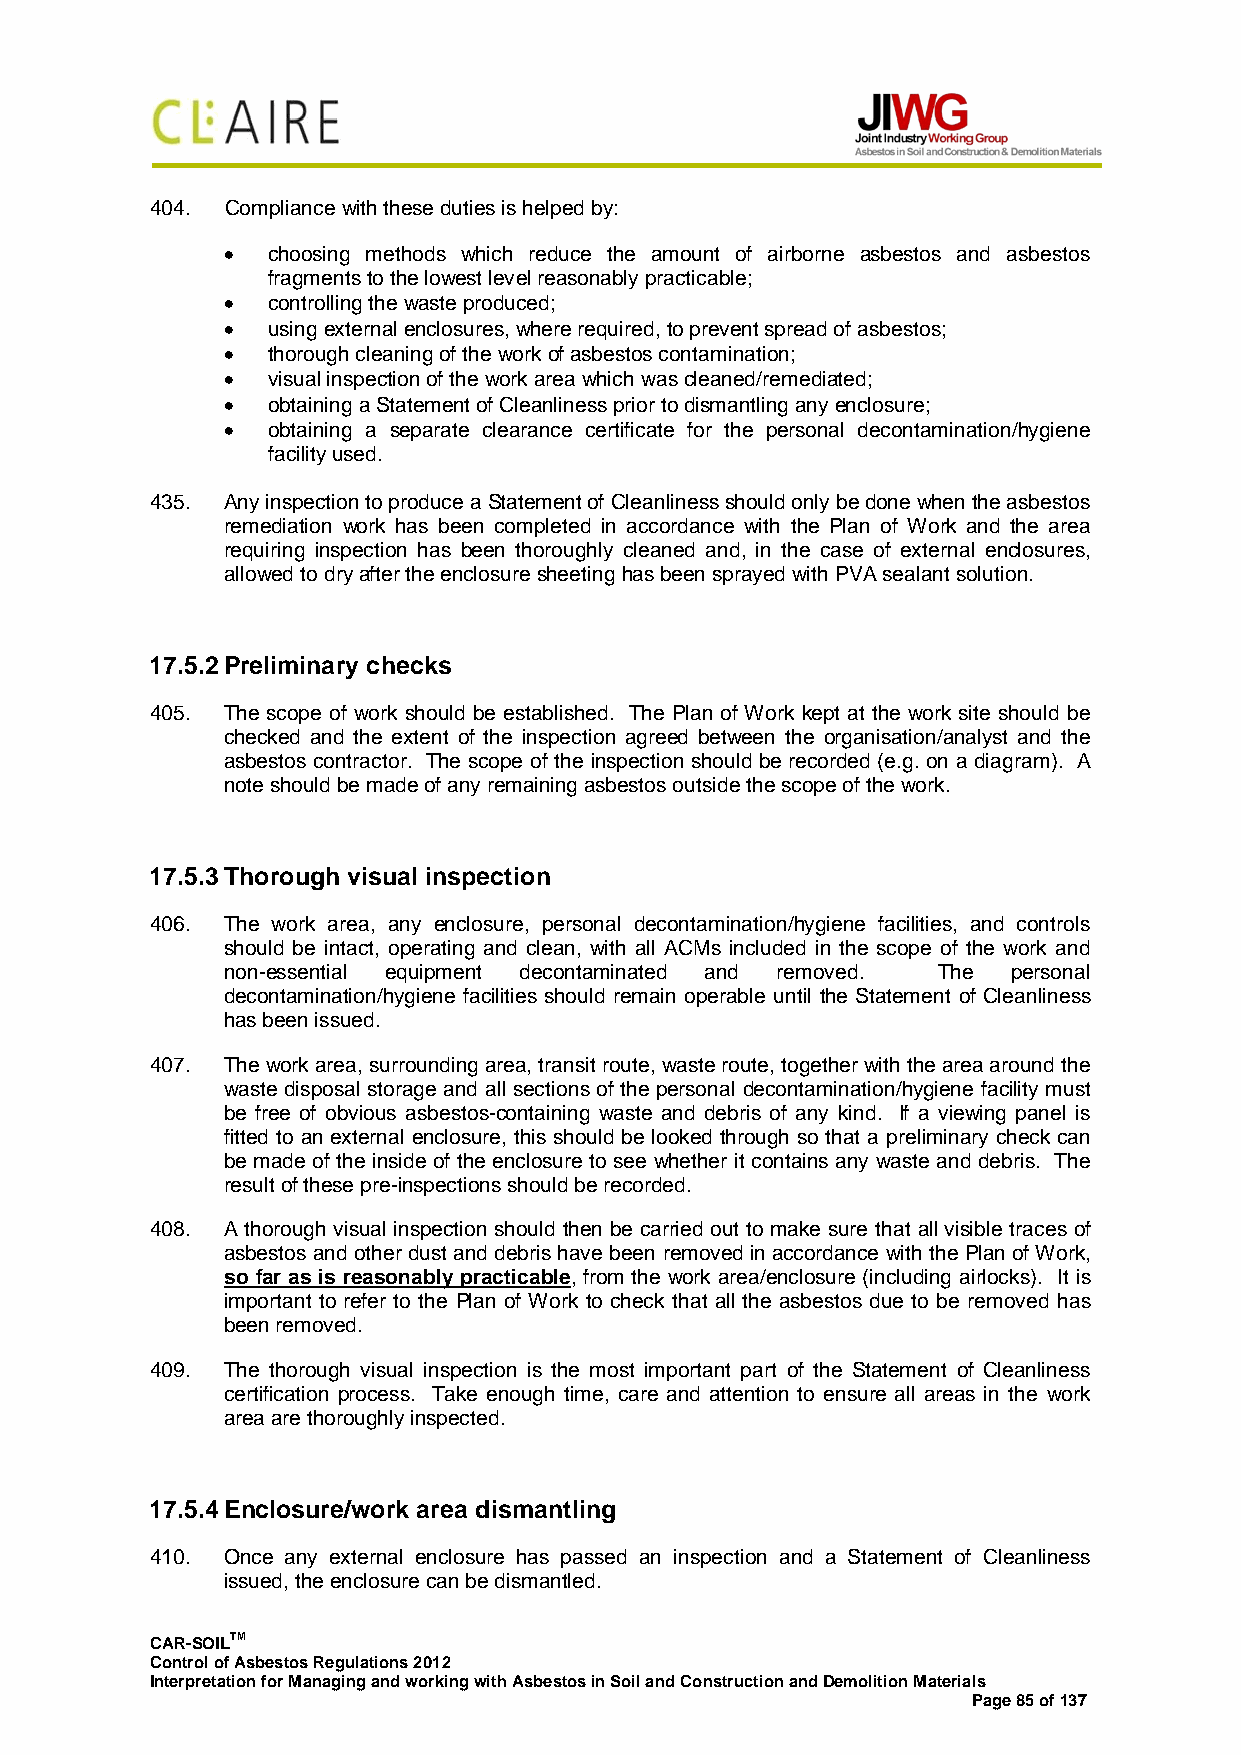
404. Compliance with these duties is helped by:
 •  choosing methods which reduce the amount of airborne asbestos and asbestos
 fragments to the lowest level reasonably practicable;
 •  controlling the waste produced;
 •  using external enclosures, where required, to prevent spread of asbestos;
 •  thorough cleaning of the work of asbestos contamination;
 •  visual inspection of the work area which was cleaned/remediated;
 •  obtaining a Statement of Cleanliness prior to dismantling any enclosure;
 •  obtaining a separate clearance certificate for the personal decontamination/hygiene
 facility used.
 435. Any inspection to produce a Statement of Cleanliness should only be done when the asbestos
 remediation work has been completed in accordance with the Plan of Work and the area
 requiring inspection has been thoroughly cleaned and, in the case of external enclosures,
 allowed to dry after the enclosure sheeting has been sprayed with PVA sealant solution.
 17.5.2 Preliminary checks
 405. The scope of work should be established. The Plan of Work kept at the work site should be
 checked and the extent of the inspection agreed between the organisation/analyst and the
 asbestos contractor. The scope of the inspection should be recorded (e.g. on a diagram). A
 note should be made of any remaining asbestos outside the scope of the work.
 17.5.3 Thorough visual inspection
 406. The work area, any enclosure, personal decontamination/hygiene facilities, and controls
 should be intact, operating and clean, with all ACMs included in the scope of the work and
 non-essential equipment decontaminated and removed. The personal
 decontamination/hygiene facilities should remain operable until the Statement of Cleanliness
 has been issued.
 407. The work area, surrounding area, transit route, waste route, together with the area around the
 waste disposal storage and all sections of the personal decontamination/hygiene facility must
 be free of obvious asbestos-containing waste and debris of any kind. If a viewing panel is
 fitted to an external enclosure, this should be looked through so that a preliminary check can
 be made of the inside of the enclosure to see whether it contains any waste and debris. The
 result of these pre-inspections should be recorded.
 408. A thorough visual inspection should then be carried out to make sure that all visible traces of
 asbestos and other dust and debris have been removed in accordance with the Plan of Work,
 so far as is reasonably practicable, from the work area/enclosure (including airlocks). It is
 important to refer to the Plan of Work to check that all the asbestos due to be removed has
 been removed.
 409. The thorough visual inspection is the most important part of the Statement of Cleanliness
 certification process. Take enough time, care and attention to ensure all areas in the work
 area are thoroughly inspected.
 17.5.4 Enclosure/work area dismantling
 410. Once any external enclosure has passed an inspection and a Statement of Cleanliness
 issued, the enclosure can be dismantled.
 CAR-SOILTM
 Control of Asbestos Regulations 2012
 Interpretation for Managing and working with Asbestos in Soil and Construction and Demolition Materials
 Page 85 of 137